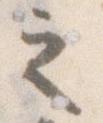
之